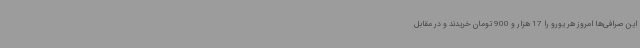
این صرافی‌ها امروز هر یورو را 17 هزار و 900 تومان خریدند و در مقابل